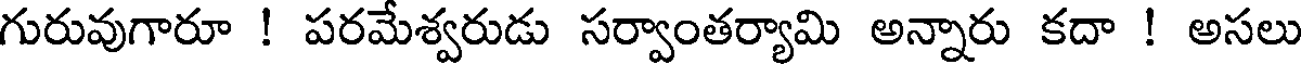
గురువుగారూ ! పరమేశ్వరుడు సర్వాంతర్యామి అన్నారు కదా ! అసలు